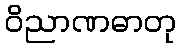
ဝိညာဏဓာတု